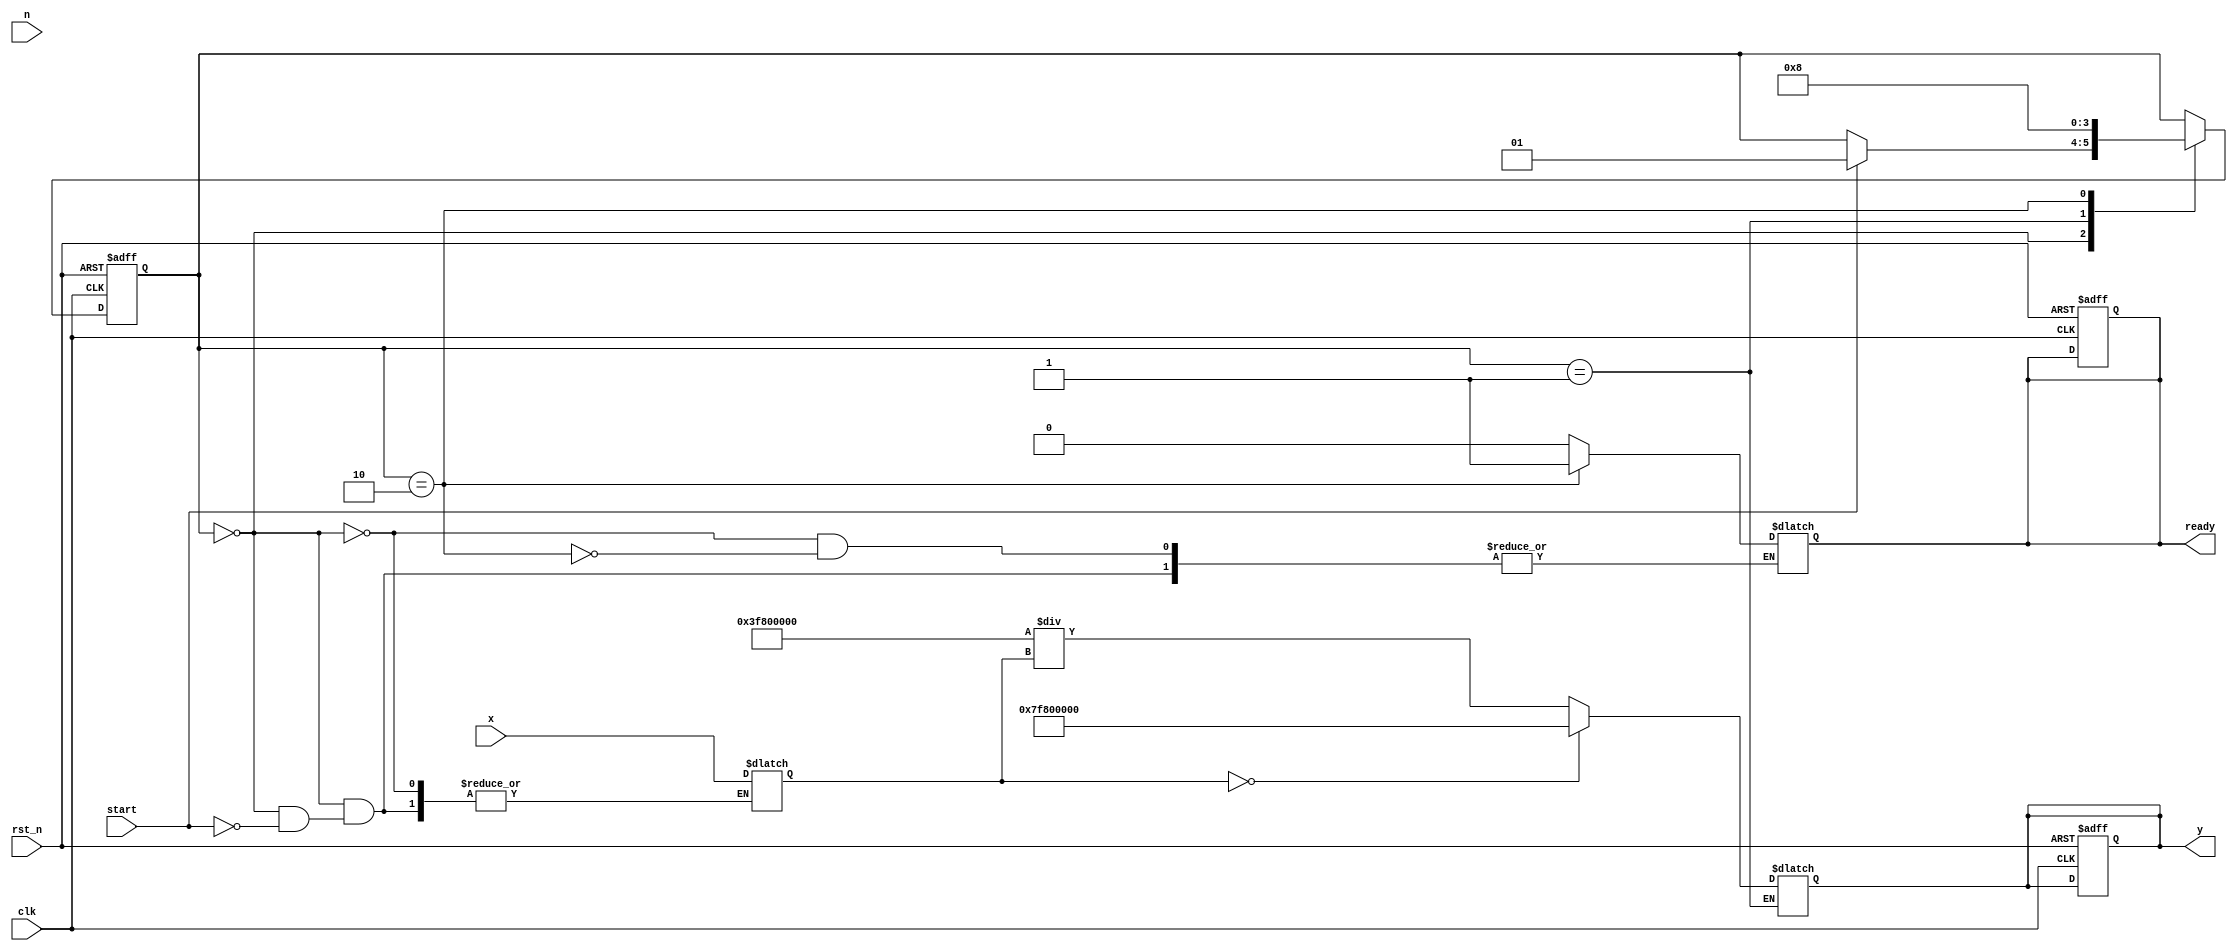
module fractional_order_reciprocal (
    input wire clk,              // Clock
    input wire rst_n,            // Reset (active low)
    input wire start,            // Start signal
    input wire [31:0] x,         // Input data (floating-point representation)
    input wire [15:0] n,         // Fractional order (fixed-point representation)
    output reg [31:0] y,         // Output data (floating-point representation)
    output reg ready             // Ready signal to indicate output validity
);

    // Internal signals
    reg [31:0] x_reg;
    reg [15:0] n_reg;
    reg calculating;
    reg [31:0] result;
    reg [31:0] inv_x;

    // State machine for control logic
    localparam IDLE = 2'b00;
    localparam CALCULATE = 2'b01;
    localparam DONE = 2'b10;
    reg [1:0] state, next_state;

    // Floating-point reciprocal function (simple approximation)
    function [31:0] reciprocal;
        input [31:0] x;
        begin
            if (x == 32'h00000000) begin
                // Handle zero input (return max value or infinity)
                reciprocal = 32'h7F800000; // Infinity (for IEEE 754)
            end else begin
                // Approximate reciprocal using Newton-Raphson method or similar
                reciprocal = (32'h3F800000 / x); // 1.0 / x (assuming x is normalized)
            end
        end
    endfunction

    // Main control logic
    always @(posedge clk or negedge rst_n) begin
        if (!rst_n) begin
            state <= IDLE;
            ready <= 0;
            y <= 0;
            calculating <= 0;
        end else begin
            state <= next_state;
        end
    end

    always @(*) begin
        next_state = state;
        case (state)
            IDLE: begin
                if (start) begin
                    x_reg = x;
                    n_reg = n;
                    next_state = CALCULATE;
                    ready = 0;
                    calculating = 1;
                end
            end
            CALCULATE: begin
                inv_x = reciprocal(x_reg);
                result = inv_x; // Store the reciprocal result
                // Calculate fractional order
                // Here you would implement your logic to apply n to inv_x
                // Placeholder: for simplicity, we will just assign it directly
                y = result; // This should be replaced with the actual fractional power logic
                next_state = DONE;
            end
            DONE: begin
                ready = 1; // Indicate that the output is ready
                calculating = 0;
                next_state = IDLE; // Go back to IDLE
            end
        endcase
    end

endmodule